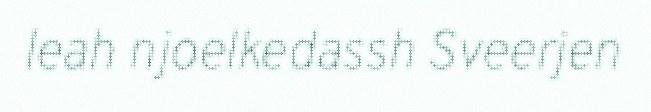
leah njoelkedassh Sveerjen